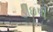
ડીઇપી